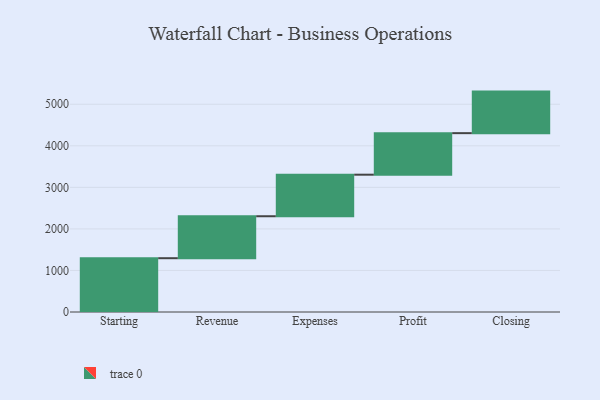
{"axis": {"x": "Step", "y": "Value"}, "legend": [""], "data": [{"x": "Starting", "y": 1295.0, "type": ""}, {"x": "Revenue", "y": 1010.0, "type": ""}, {"x": "Expenses", "y": 1000, "type": ""}, {"x": "Profit", "y": 1000, "type": ""}, {"x": "Closing", "y": 1000, "type": ""}]}